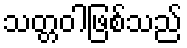
သတ္တဝါဖြစ်သည်